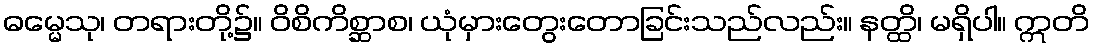
ဓမ္မေသု၊ တရားတို့၌။ ဝိစိကိစ္ဆာစ၊ ယုံမှားတွေးတောခြင်းသည်လည်း။ နတ္ထိ၊ မရှိပါ။ ဣတိ